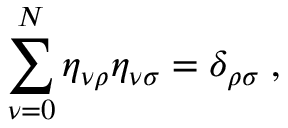
\sum _ { \nu = 0 } ^ { N } \eta _ { \nu \rho } \eta _ { \nu \sigma } = \delta _ { \rho \sigma } \; ,